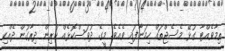
ތިމާވެއްޓާ ގުޅޭ މެސެޖްތައް ހިމަނާފައި ވެއެވެ. މީގެ ދުވަސްކޮޅެއް ކުރިން ދިރާގުން ދެއްކި